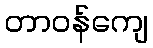
တာဝန်ကျေ